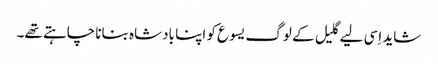
‏ شاید اِسی لیے گلیل کے لوگ یسوع کو اپنا بادشاہ بنانا چاہتے تھے۔